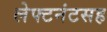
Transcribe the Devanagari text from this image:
लेफ्टनंटसह